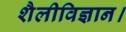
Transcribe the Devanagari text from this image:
शैलीविज्ञान।